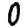
Digit: 0